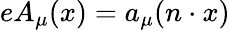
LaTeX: \begin{array}{r}{eA_{\mu}(x)=a_{\mu}(n\cdot x)}\end{array}